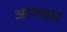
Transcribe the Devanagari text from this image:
आपपास